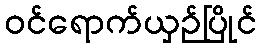
ဝင်ရောက်ယှဉ်ပြိုင်